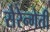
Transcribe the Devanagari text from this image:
सेरेन्गेती